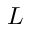
L